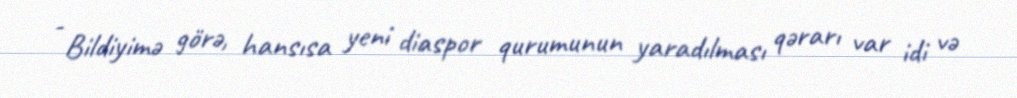
- Bildiyimə görə, hansısa yeni diaspor qurumunun yaradılması qərarı var idi və